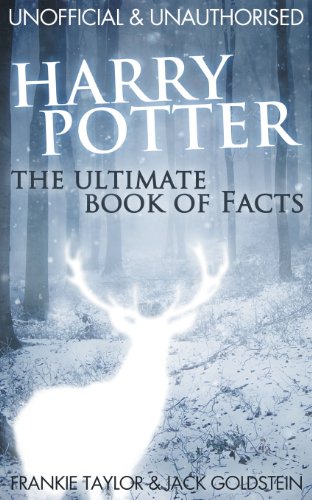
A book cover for Harry Potter - The Ultimate Book of Facts; Jack Goldstein; Humor & Entertainment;